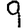
Digit: 9